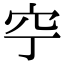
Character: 䆑